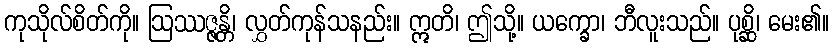
ကုသိုလ်စိတ်ကို။ ဩဿဇ္ဇန္တိ၊ လွှတ်ကုန်သနည်း။ ဣတိ၊ ဤသို့။ ယက္ခော၊ ဘီလူးသည်။ ပုစ္ဆိ၊ မေး၏။